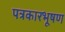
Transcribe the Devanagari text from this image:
पत्रकारभूषण